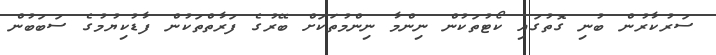
ސަރުކާރުން ބުނި ގޮތުގައި ކޯޓުތަކުން ނިންމާ ނިންމުތަކަށް ބޭރުގެ ފަރާތްތަކުން ފާޑުކިޔުމުގެ ސަބަބުން